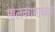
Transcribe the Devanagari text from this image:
मालवगणाध्यक्ष